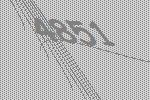
4851